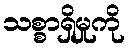
သစ္စာရှိမှုကို